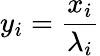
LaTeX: y_{i}=\frac{x_{i}}{\lambda_{i}}